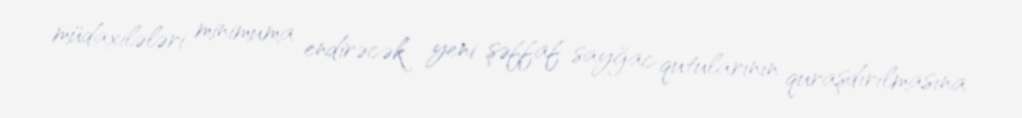
müdaxilələri minimuma endirəcək yeni şəffaf sayğac qutularının quraşdırılmasına